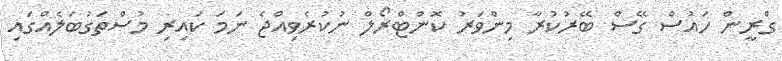
ގްރީން ހައުސް ގޭސް ބޭރުކުރާ މިންވަރު ކޮންޓްރޯލް ނުކުރެވިއްޖެ ނަމަ ކައިރި މުސްތަގުބަލެއްގައި